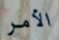
الأمر